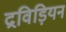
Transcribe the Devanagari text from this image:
द्रविड़ियन